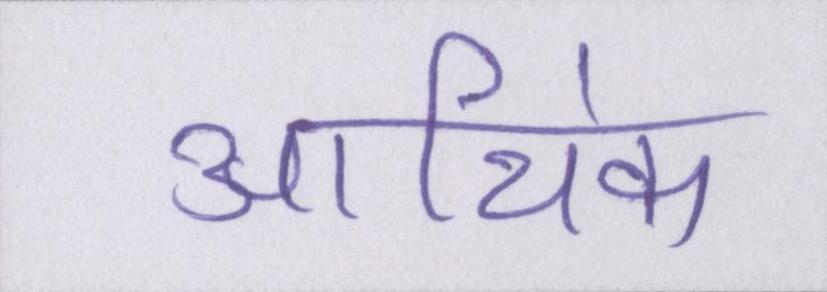
आथि॑क